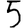
Digit: 5